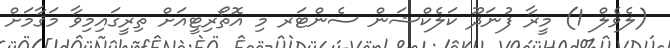
(ލެވެލް 1) މީރާ ފުނަދޫ ކަލެކްޝަން ސެންޓަރ މި އޮތޯރިޓީއަށް ތިރީގައިމިވާ މަޤާމަށް